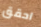
احقق